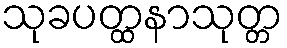
သုခပတ္ထနာသုတ္တ